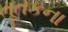
તૂતકના